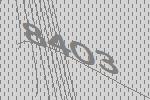
8403